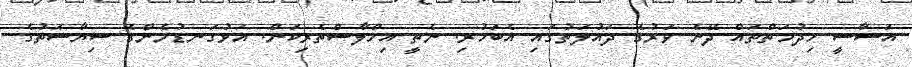
އަސާސީ ހިދުމަތްތައް ދޭނެ ވަރުގެ ދައުލަތުގައި އެބަހުރި. ނެތީ އިހްލާސްތެރިކަން. އަޅުގަނޑުމެންގެ ސިޔާސަތުގެ